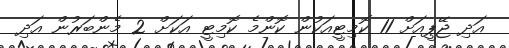
އަދި ޖޭޕީއަށް 11 ކޮމިޓީއަކުން ކޮންމެ ކޮމިޓީ އަކަށް 2 މެންބަރުން އަދި